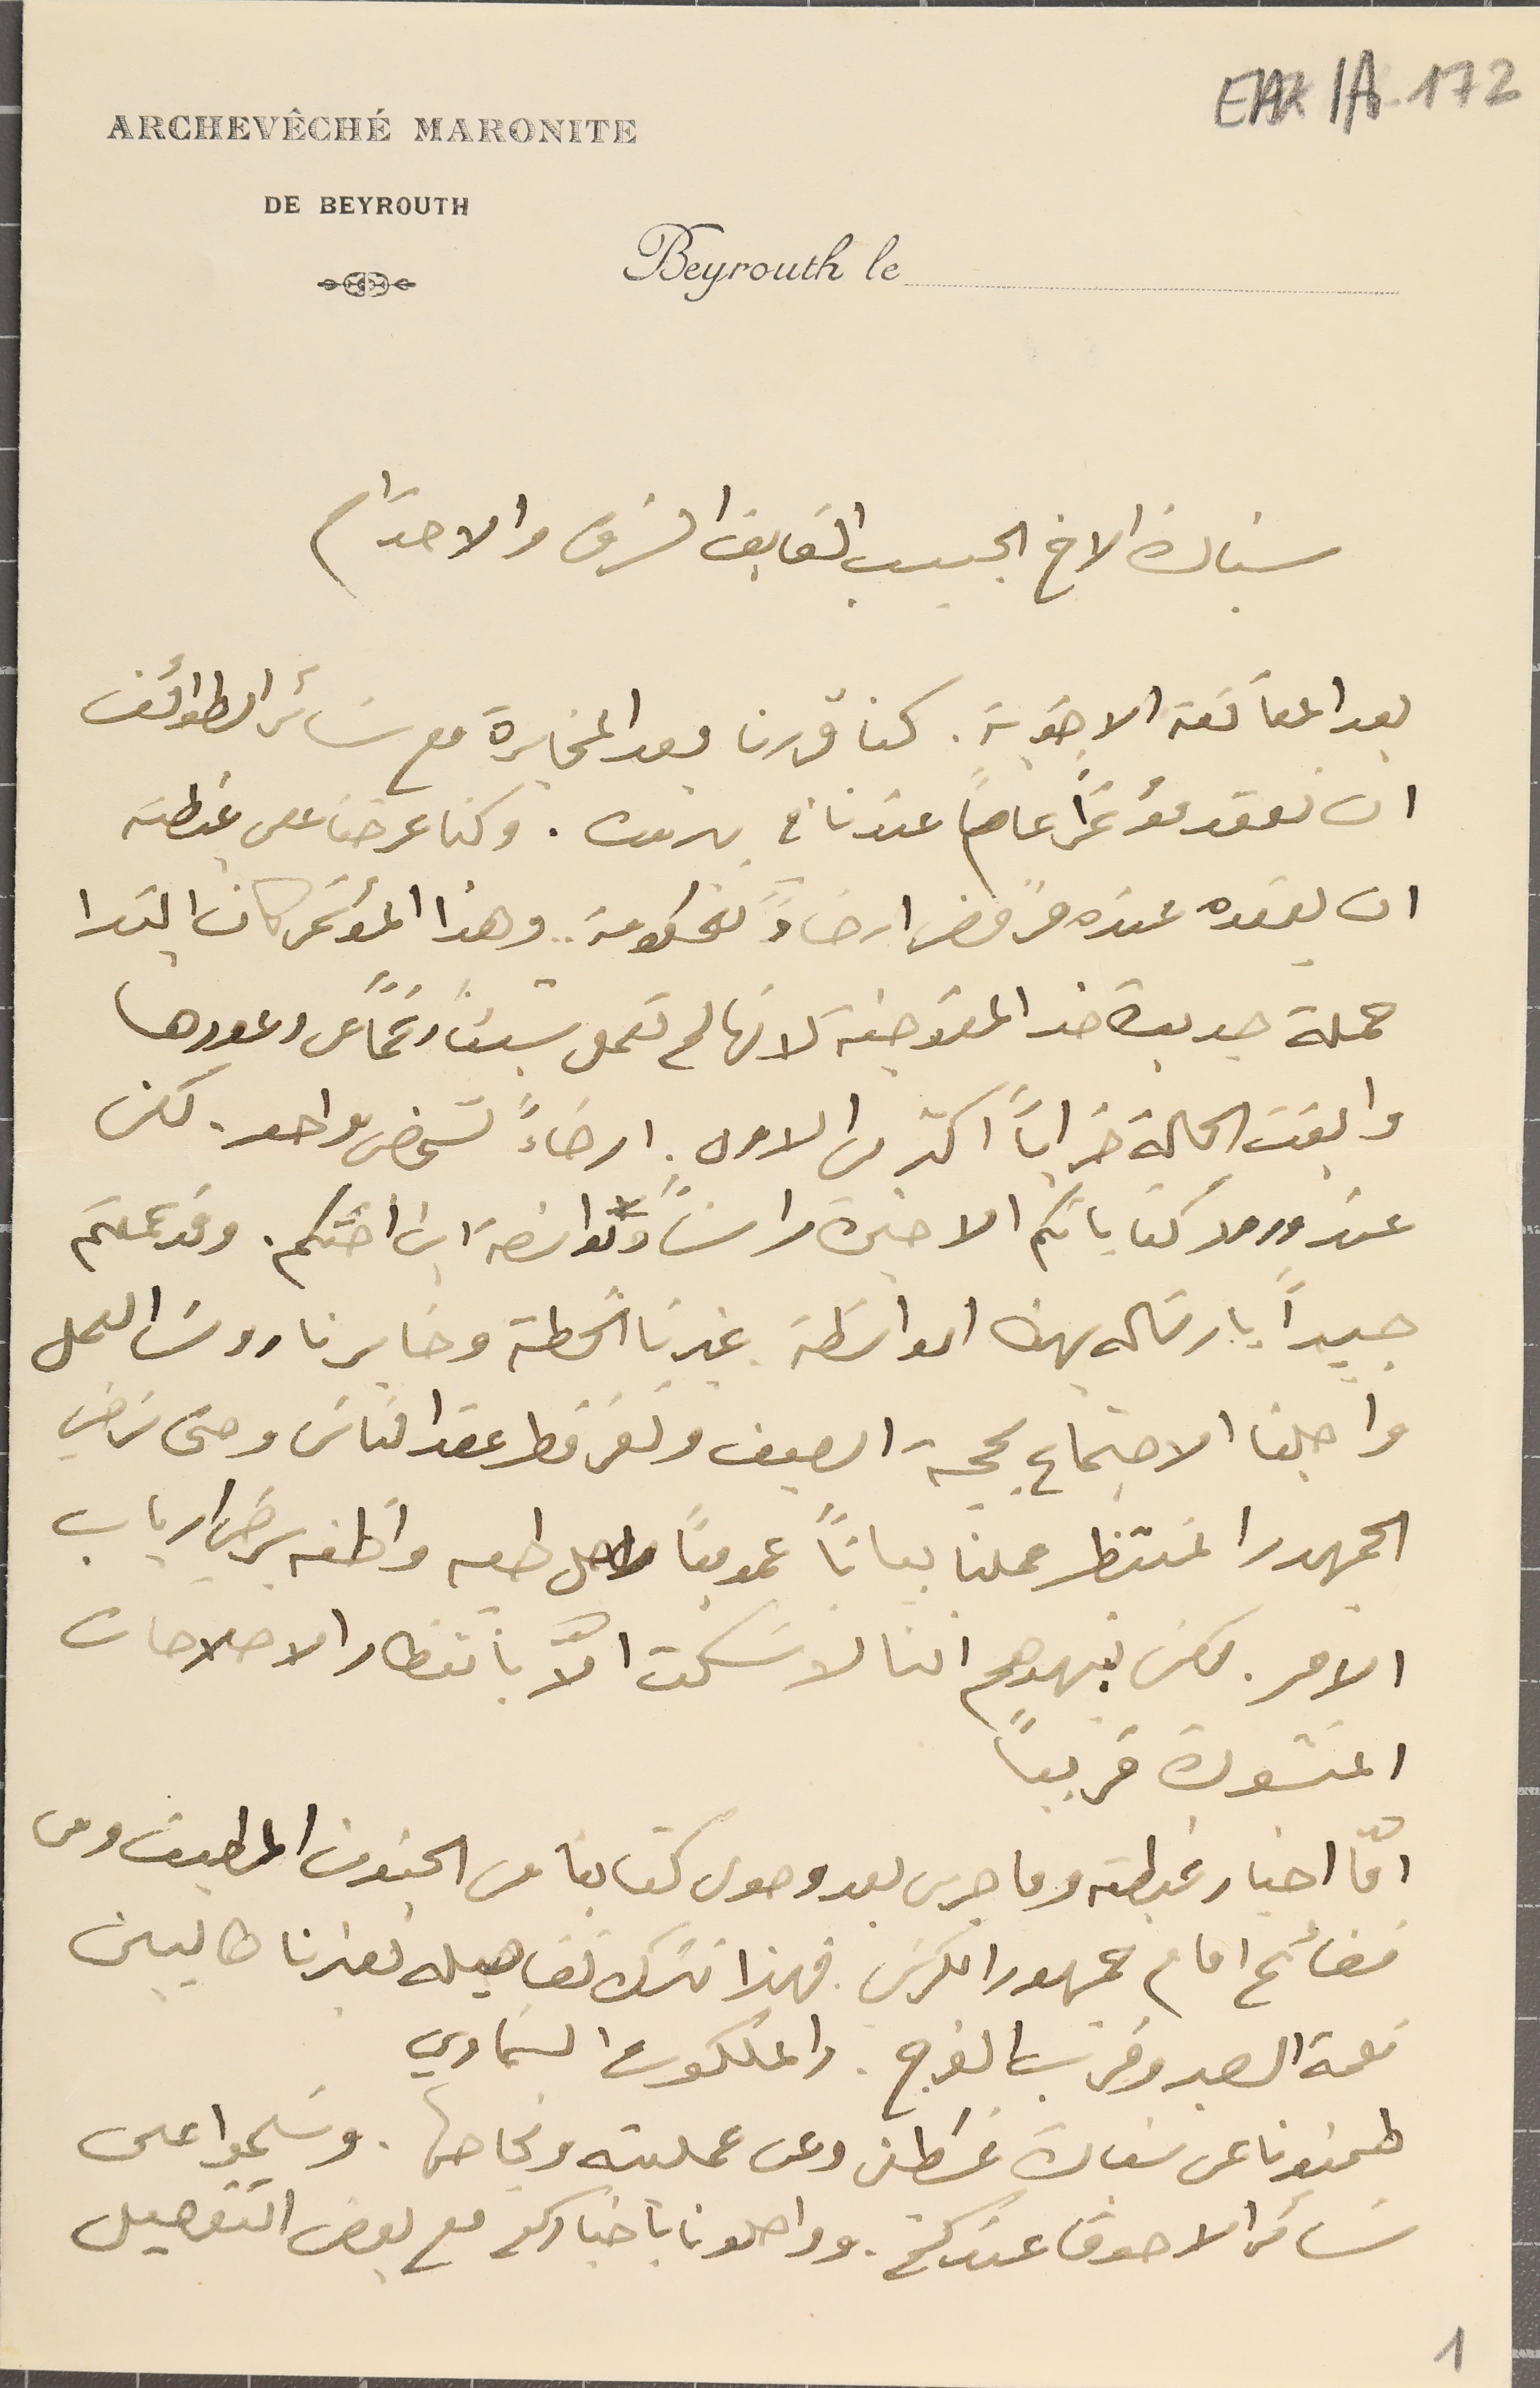
سيادة الاخ الحبيب الفايق الشرف والاحترام
بعد المعانقة الاخوية. كنا قررنا بعد المخابرة مع سَائر الطوائف
ان نعقد مؤتمراً عاماً عندنا في بيروت. وكنا عرضنا على غبطته
ان يعقده عنده فرفض ارضاءً للحكومة وهذا المؤتمر كان ابتدا
حملة جديدة ضد المفوصية لانها لم تعمل شيئاً رغمًا عن وعودها
وابقت الحالة خراباً اكثر من الاول ارضاءً لشخض واحد. لكن
عند ورود كتاباتكم الاخيرة راساً وبواسطة ابن اختكم. وقد عملتم
جيداً بارسَاله بهذه الواسَطة غيرنا الخطة وخابرنا روسَا العمل
واجلنا الاجتماع بحجة الصيف وتفرقط عقد الناسَ وحتى نرضي
الجمهور المنتظر عملنا بياناً عموميًا لاجل طيه واظنه برضي ارباب
 الامر. لكن نبهوهم اننا لا نسكت الّا بانتظار الاصلاحات
المنشودة قريبًا
امّا اخبار غبطته وما جرى بعد وصول كتابنا من الجنون المطبق ومن
فضائح امام جمهور الكرسَى. فهذا نترك تفاصيله لغيرنا طالبين
نعمة الصبر وقرب الفرج. والملكوت السَماوي
طمنونا عن سَيادة غسَطين وعن عمليته ونجاحها. وسَلموا على
سَائر الاصدقا عندكم. وواصلونا باخباركم مع بعض التفصيل
EAK1A-172
1
ARCHEVÊCHÉ MARONITE
DE BEYROUTH
Beyrouth le